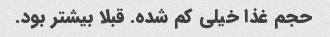
حجم غذا خیلی کم شده. قبلا بیشتر بود.